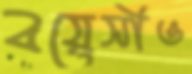
বয়েসীও